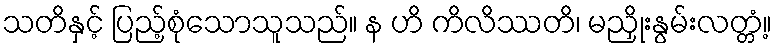
သတိနှင့် ပြည့်စုံသောသူသည်။ န ဟိ ကိလိဿတိ၊ မညှိုးနွမ်းလတ္တံ့။